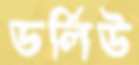
ডর্লিউ